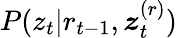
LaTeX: P(z_{t}|r_{t-1},\boldsymbol{z}_{t}^{(r)})